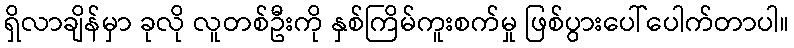
ရှိလာချိန်မှာ ခုလို လူတစ်ဦးကို နှစ်ကြိမ်ကူးစက်မှု ဖြစ်ပွားပေါ်ပေါက်တာပါ။